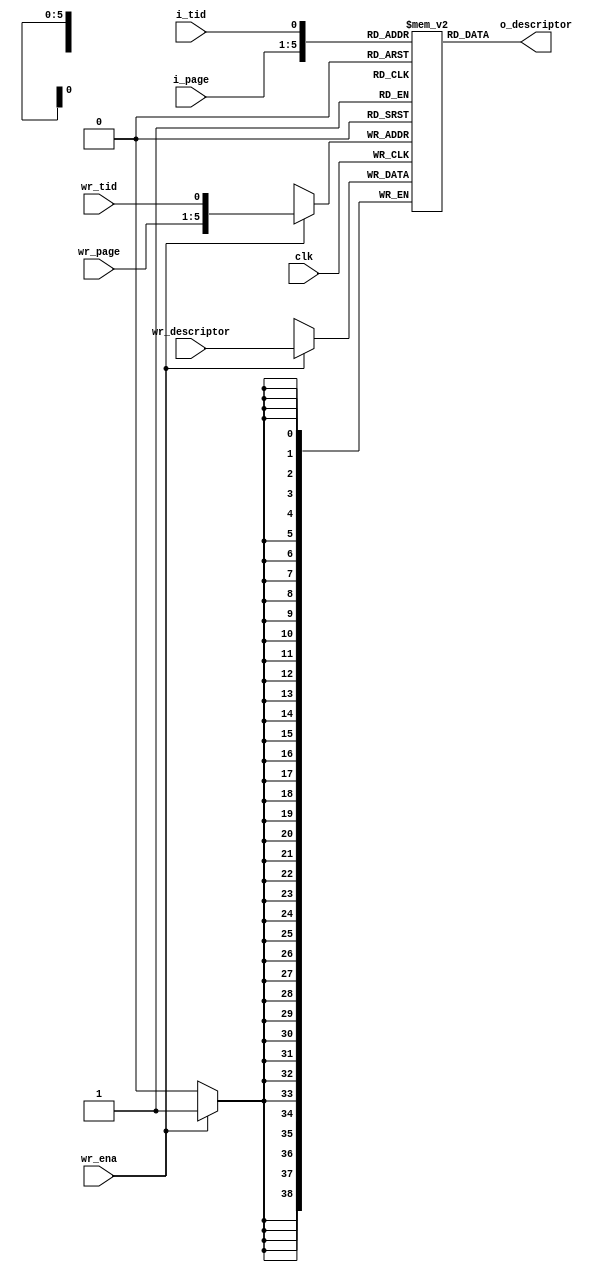
//==============================================================================================
//    Main contributors
//      - Adam Luczak         <mailto:adam.luczak@outlook.com>
//==============================================================================================
`default_nettype none
//----------------------------------------------------------------------------------------------
`timescale 1ns / 1ns                            
//==============================================================================================
// hierarchy:
// processor core (TOP)
// + load/store unit
//   + data cache way 
//     + page desritption table
//==============================================================================================
module eco32_core_lsu_dcu_pt
# // parameters
( 
 parameter  PAGE_ADDR_WIDTH = 'd5
)
// ports
(
input  wire                         clk,

input  wire                         i_tid,
input  wire  [PAGE_ADDR_WIDTH-1:0]  i_page,

input  wire                         wr_ena,
input  wire                         wr_tid,
input  wire  [PAGE_ADDR_WIDTH-1:0]  wr_page,
input  wire                 [38:0]  wr_descriptor,
 
output wire                 [38:0]  o_descriptor 
);                             
//==============================================================================================
// local params
//==============================================================================================
localparam      _PAW        =                                                   PAGE_ADDR_WIDTH;    
localparam          _A      =                                               1 + PAGE_ADDR_WIDTH;
localparam          _T      =                                            1<<(1+PAGE_ADDR_WIDTH);       
//==============================================================================================
// variables                                                                                               
//============================================================================================== 
`ifdef ALTERA
 reg         [  38 : 0]  ptable [_T-1:0] /* synthesis syn_ramstyle="no_rw_check,MLAB" */;
`else
 reg         [  38 : 0]  ptable [_T-1:0]/* synthesis syn_ramstyle="select_ram,no_rw_check" */;
`endif          
                                    wire        [_A-1 : 0]  wr_addr;
                                    wire        [_A-1 : 0]  rd_addr;
//==============================================================================================
// memory
//==============================================================================================
assign  wr_addr         =                                            {wr_page[_PAW-1:0],wr_tid};
assign  rd_addr         =                                            { i_page[_PAW-1:0], i_tid};
//----------------------------------------------------------------------------------------------
always@(posedge clk) if(wr_ena) ptable[wr_addr] <= wr_descriptor;
//----------------------------------------------------------------------------------------------
assign  o_descriptor    =                                                       ptable[rd_addr];
//==============================================================================================
endmodule